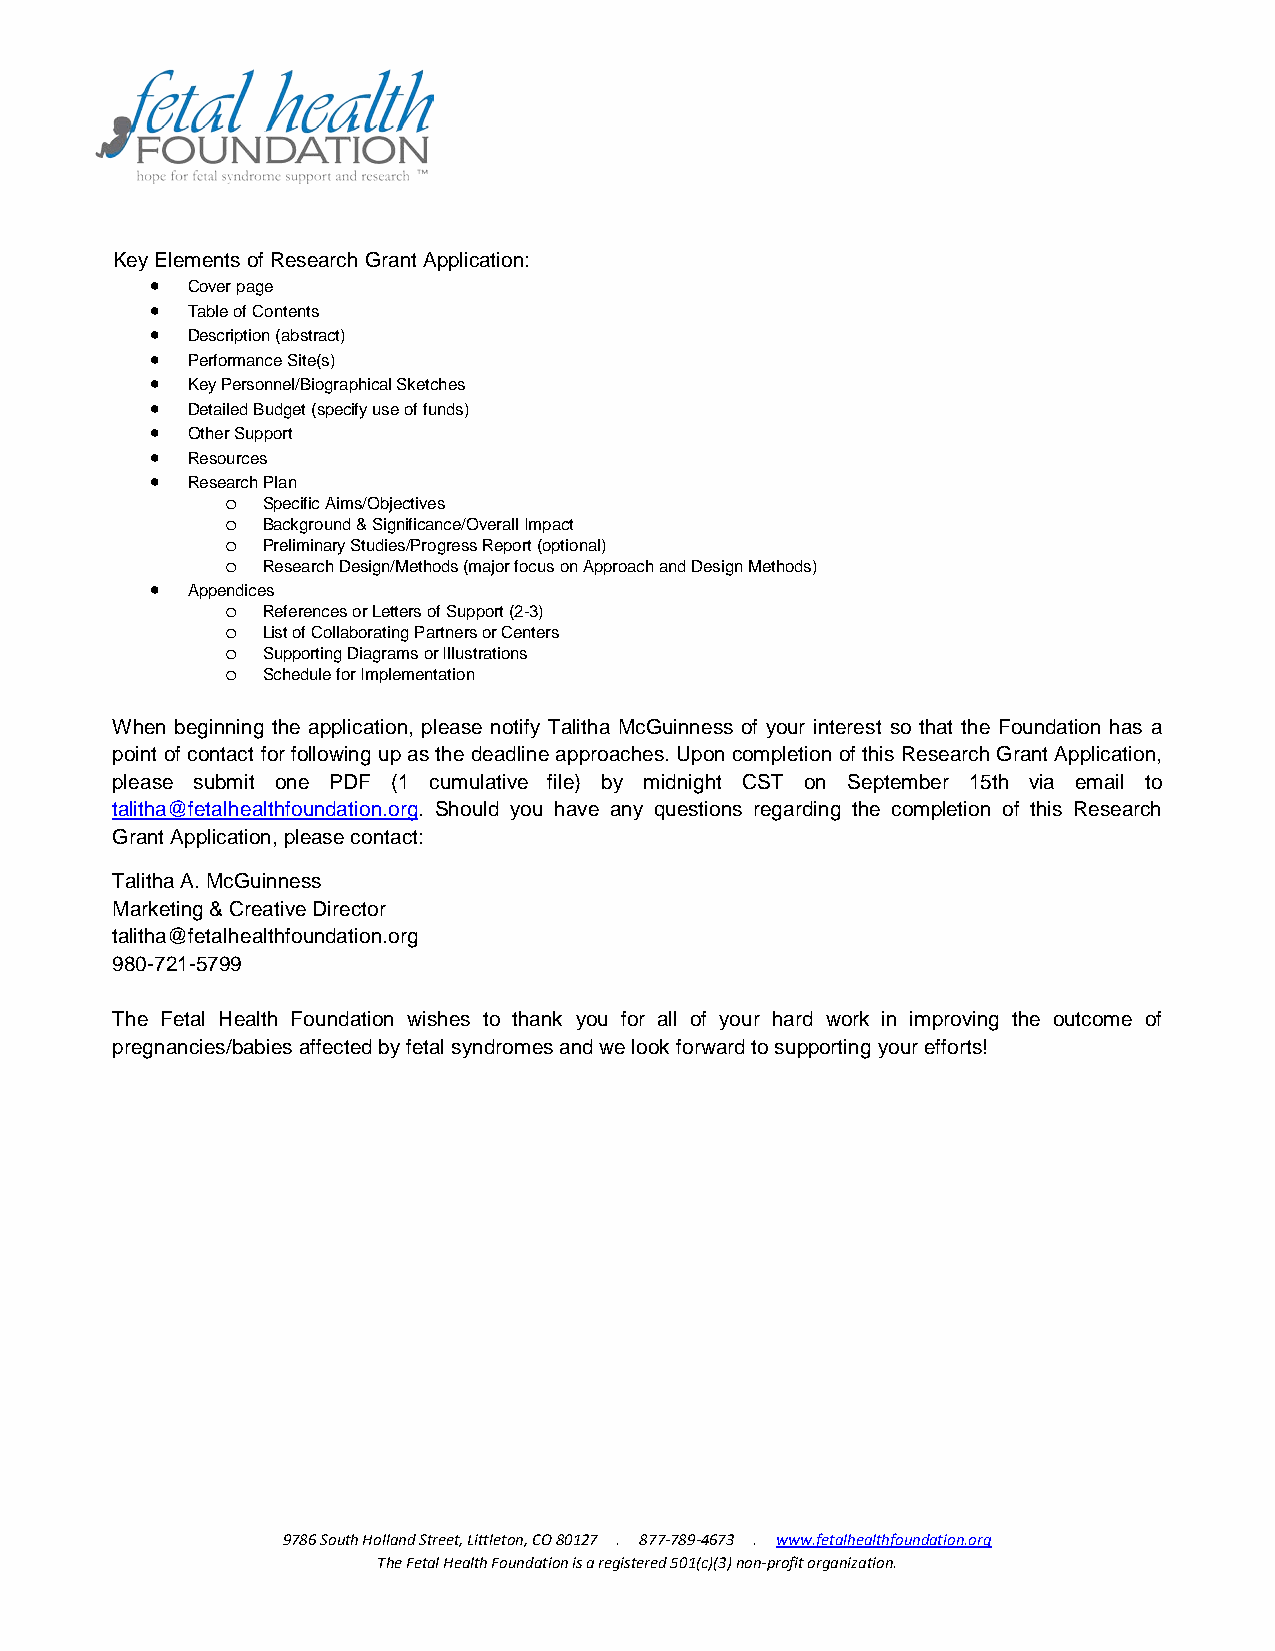
Key Elements of Research Grant Application:
 • Cover page
 • Table of Contents
 • Description (abstract)
 • Performance Site(s)
 • Key Personnel/Biographical Sketches
 • Detailed Budget (specify use of funds)
 • Other Support
 • Resources
 • Research Plan
 o Specific Aims/Objectives
 o Background & Significance/Overall Impact
 o Preliminary Studies/Progress Report (optional)
 o Research Design/Methods (major focus on Approach and Design Methods)
 • Appendices
 o References or Letters of Support (2-3)
 o List of Collaborating Partners or Centers
 o Supporting Diagrams or Illustrations
 o Schedule for Implementation
 When beginning the application, please notify Talitha McGuinness of your interest so that the Foundation has a
 point of contact for following up as the deadline approaches. Upon completion of this Research Grant Application,
 please submit one PDF (1 cumulative file) by midnight CST on September 15th via email to
 talitha@fetalhealthfoundation.org. Should you have any questions regarding the completion of this Research
 Grant Application, please contact:
 Talitha A. McGuinness
 Marketing & Creative Director
 talitha@fetalhealthfoundation.org
 980-721-5799
 The Fetal Health Foundation wishes to thank you for all of your hard work in improving the outcome of
 pregnancies/babies affected by fetal syndromes and we look forward to supporting your efforts!
 9786 South Holland Street, Littleton, CO 80127 . 877-789-4673 . www.fetalhealthfoundation.org
 The Fetal Health Foundation is a registered 501(c)(3) non-profit organization.